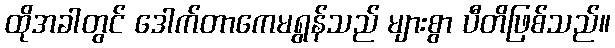
ထိုအခါတွင် ဒေါက်တာကေမရွန်သည် များစွာ ပီတိဖြစ်သည်။